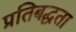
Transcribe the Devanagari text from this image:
प्रतिबद्घता